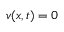
v ( x , t ) = 0